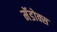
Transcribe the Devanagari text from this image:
मॅडोक्स